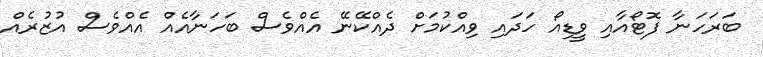
ބަރަހަނާ ފޮޓޯއާއި ވީޑިއޯ ހަދައި ވިއްކުމަށް ދެއްކޭނޭ އެއްވެސް ބަހަނާއެއް އެއްވެސް އުޒުރެއް